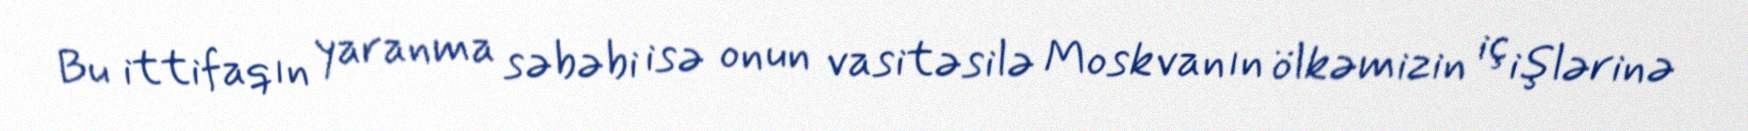
Bu ittifaqın yaranma səbəbi isə onun vasitəsilə Moskvanın ölkəmizin iç işlərinə